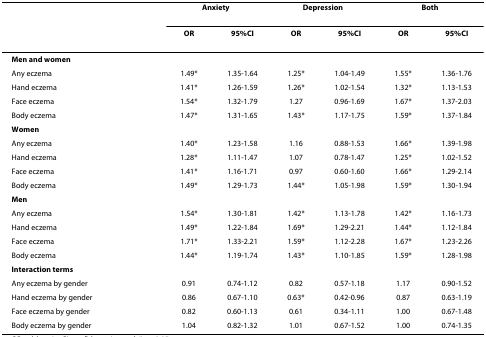
<table><thead><tr><td colspan="3"></td><td colspan="2"><b>Anxiety</b></td><td colspan="2"><b>Depression</b></td><td colspan="2"><b>Both</b></td></tr><tr><td colspan="3"></td><td><b>OR</b></td><td><b>95%CI</b></td><td><b>OR</b></td><td><b>95%CI</b></td><td><b>OR</b></td><td><b>95%CI</b></td></tr></thead><tbody><tr><td colspan="3"><b>Men and women</b></td><td></td><td></td><td></td><td></td><td></td><td></td></tr><tr><td colspan="3">Any eczema</td><td>1.49*</td><td>1.35-1.64</td><td>1.25*</td><td>1.04-1.49</td><td>1.55*</td><td>1.36-1.76</td></tr><tr><td colspan="3">Hand eczema</td><td>1.41*</td><td>1.26-1.59</td><td>1.26*</td><td>1.02-1.54</td><td>1.32*</td><td>1.13-1.53</td></tr><tr><td colspan="3">Face eczema</td><td>1.54*</td><td>1.32-1.79</td><td>1.27</td><td>0.96-1.69</td><td>1.67*</td><td>1.37-2.03</td></tr><tr><td colspan="3">Body eczema</td><td>1.47*</td><td>1.31-1.65</td><td>1.43*</td><td>1.17-1.75</td><td>1.59*</td><td>1.37-1.84</td></tr><tr><td colspan="3"><b>Women</b></td><td></td><td></td><td></td><td></td><td></td><td></td></tr><tr><td colspan="3">Any eczema</td><td>1.40*</td><td>1.23-1.58</td><td>1.16</td><td>0.88-1.53</td><td>1.66*</td><td>1.39-1.98</td></tr><tr><td colspan="3">Hand eczema</td><td>1.28*</td><td>1.11-1.47</td><td>1.07</td><td>0.78-1.47</td><td>1.25*</td><td>1.02-1.52</td></tr><tr><td colspan="3">Face eczema</td><td>1.41*</td><td>1.16-1.71</td><td>0.97</td><td>0.60-1.60</td><td>1.66*</td><td>1.29-2.14</td></tr><tr><td colspan="3">Body eczema</td><td>1.49*</td><td>1.29-1.73</td><td>1.44*</td><td>1.05-1.98</td><td>1.59*</td><td>1.30-1.94</td></tr><tr><td colspan="3"><b>Men</b></td><td></td><td></td><td></td><td></td><td></td><td></td></tr><tr><td colspan="3">Any eczema</td><td>1.54*</td><td>1.30-1.81</td><td>1.42*</td><td>1.13-1.78</td><td>1.42*</td><td>1.16-1.73</td></tr><tr><td colspan="3">Hand eczema</td><td>1.49*</td><td>1.22-1.84</td><td>1.69*</td><td>1.29-2.21</td><td>1.44*</td><td>1.12-1.84</td></tr><tr><td colspan="3">Face eczema</td><td>1.71*</td><td>1.33-2.21</td><td>1.59*</td><td>1.12-2.28</td><td>1.67*</td><td>1.23-2.26</td></tr><tr><td colspan="3">Body eczema</td><td>1.44*</td><td>1.19-1.74</td><td>1.43*</td><td>1.10-1.85</td><td>1.59*</td><td>1.28-1.98</td></tr><tr><td colspan="3"><b>Interaction terms</b></td><td></td><td></td><td></td><td></td><td></td><td></td></tr><tr><td colspan="3">Any eczema by gender</td><td>0.91</td><td>0.74-1.12</td><td>0.82</td><td>0.57-1.18</td><td>1.17</td><td>0.90-1.52</td></tr><tr><td colspan="3">Hand eczema by gender</td><td>0.86</td><td>0.67-1.10</td><td>0.63*</td><td>0.42-0.96</td><td>0.87</td><td>0.63-1.19</td></tr><tr><td colspan="3">Face eczema by gender</td><td>0.82</td><td>0.60-1.13</td><td>0.61</td><td>0.34-1.11</td><td>1.00</td><td>0.67-1.48</td></tr><tr><td colspan="3">Body eczema by gender</td><td>1.04</td><td>0.82-1.32</td><td>1.01</td><td>0.67-1.52</td><td>1.00</td><td>0.74-1.35</td></tr></tbody></table>